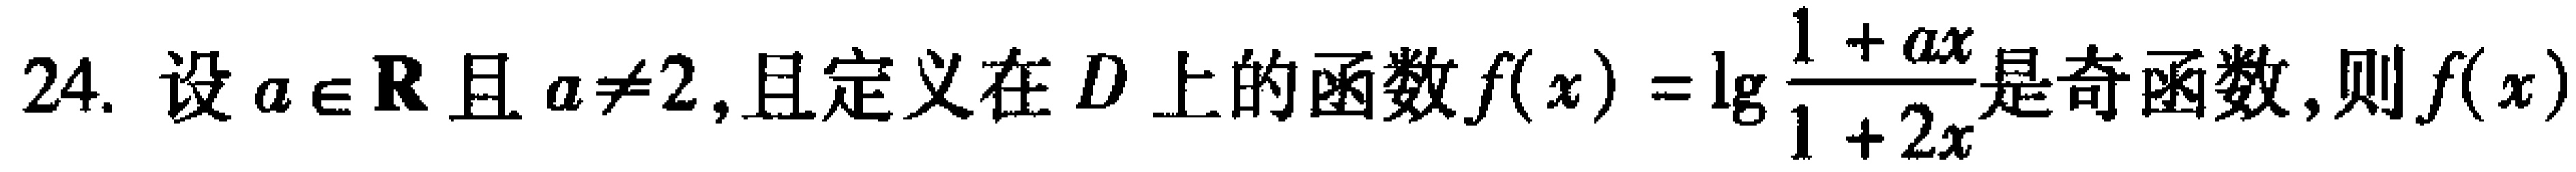
24. 设$a\in\mathbf{R}$且$a\neq2$,且定义在$D$上的函数$f(x)=\lg\frac{1 + ax}{1 + 2x}$是奇函数,则$f(x)$